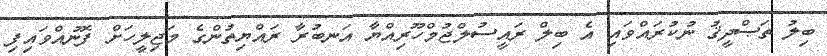
ބިލު ތަޞްދީޤު ނުކުރައްވައި އެ ބިލް ރައީސުލްޖުމްހޫރިއްޔާ އަނބުރާ ރައްޔިތުންގެ މަޖިލީހަށް ފޮނުއްވައިފި